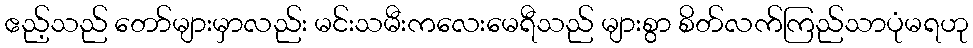
ဧည့်သည် တော်များမှာလည်း မင်းသမီးကလေးမေရီသည် များစွာ စိတ်လက်ကြည်သာပုံမရဟု